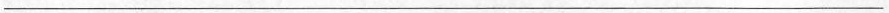
___